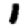
Digit: 1